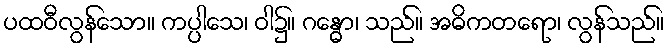
ပထဝီလွန်သော။ ကပ္ပါသေ၊ ဝါ၌။ ဂန္ဓော၊ သည်။ အဓိကတရော၊ လွန်သည်။